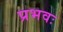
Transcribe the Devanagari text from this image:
प्रभवः